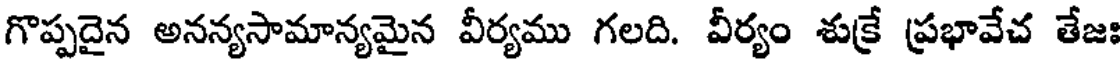
గొప్పదైన అనన్యసామాన్యమైన వీర్యము గలది. వీర్యం శుక్రే ప్రభావేచ తేజః